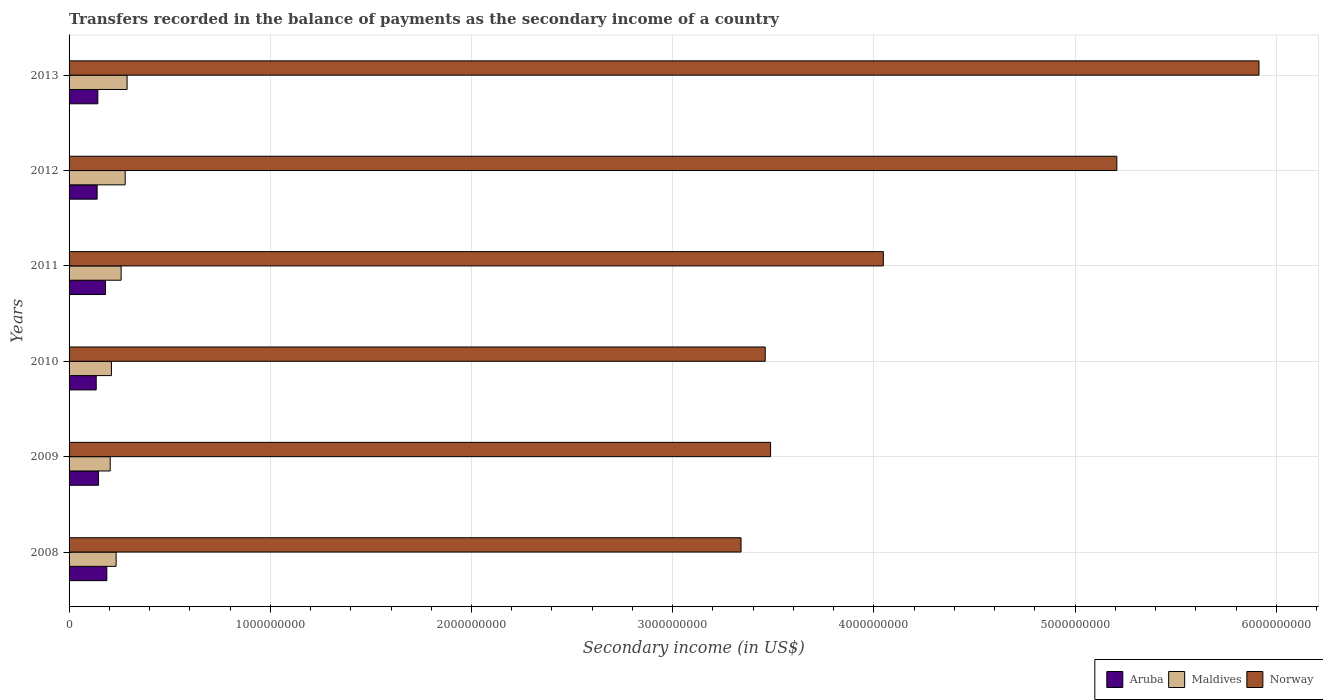
| Years | Aruba | Maldives | Norway |
 | --- | --- | --- | --- |
 | 2008 | 1.88e+08 | 2.34e+08 | 3.34e+09 |
 | 2009 | 1.46e+08 | 2.04e+08 | 3.49e+09 |
 | 2010 | 1.35e+08 | 2.11e+08 | 3.46e+09 |
 | 2011 | 1.81e+08 | 2.59e+08 | 4.05e+09 |
 | 2012 | 1.39e+08 | 2.79e+08 | 5.21e+09 |
 | 2013 | 1.43e+08 | 2.88e+08 | 5.91e+09 |